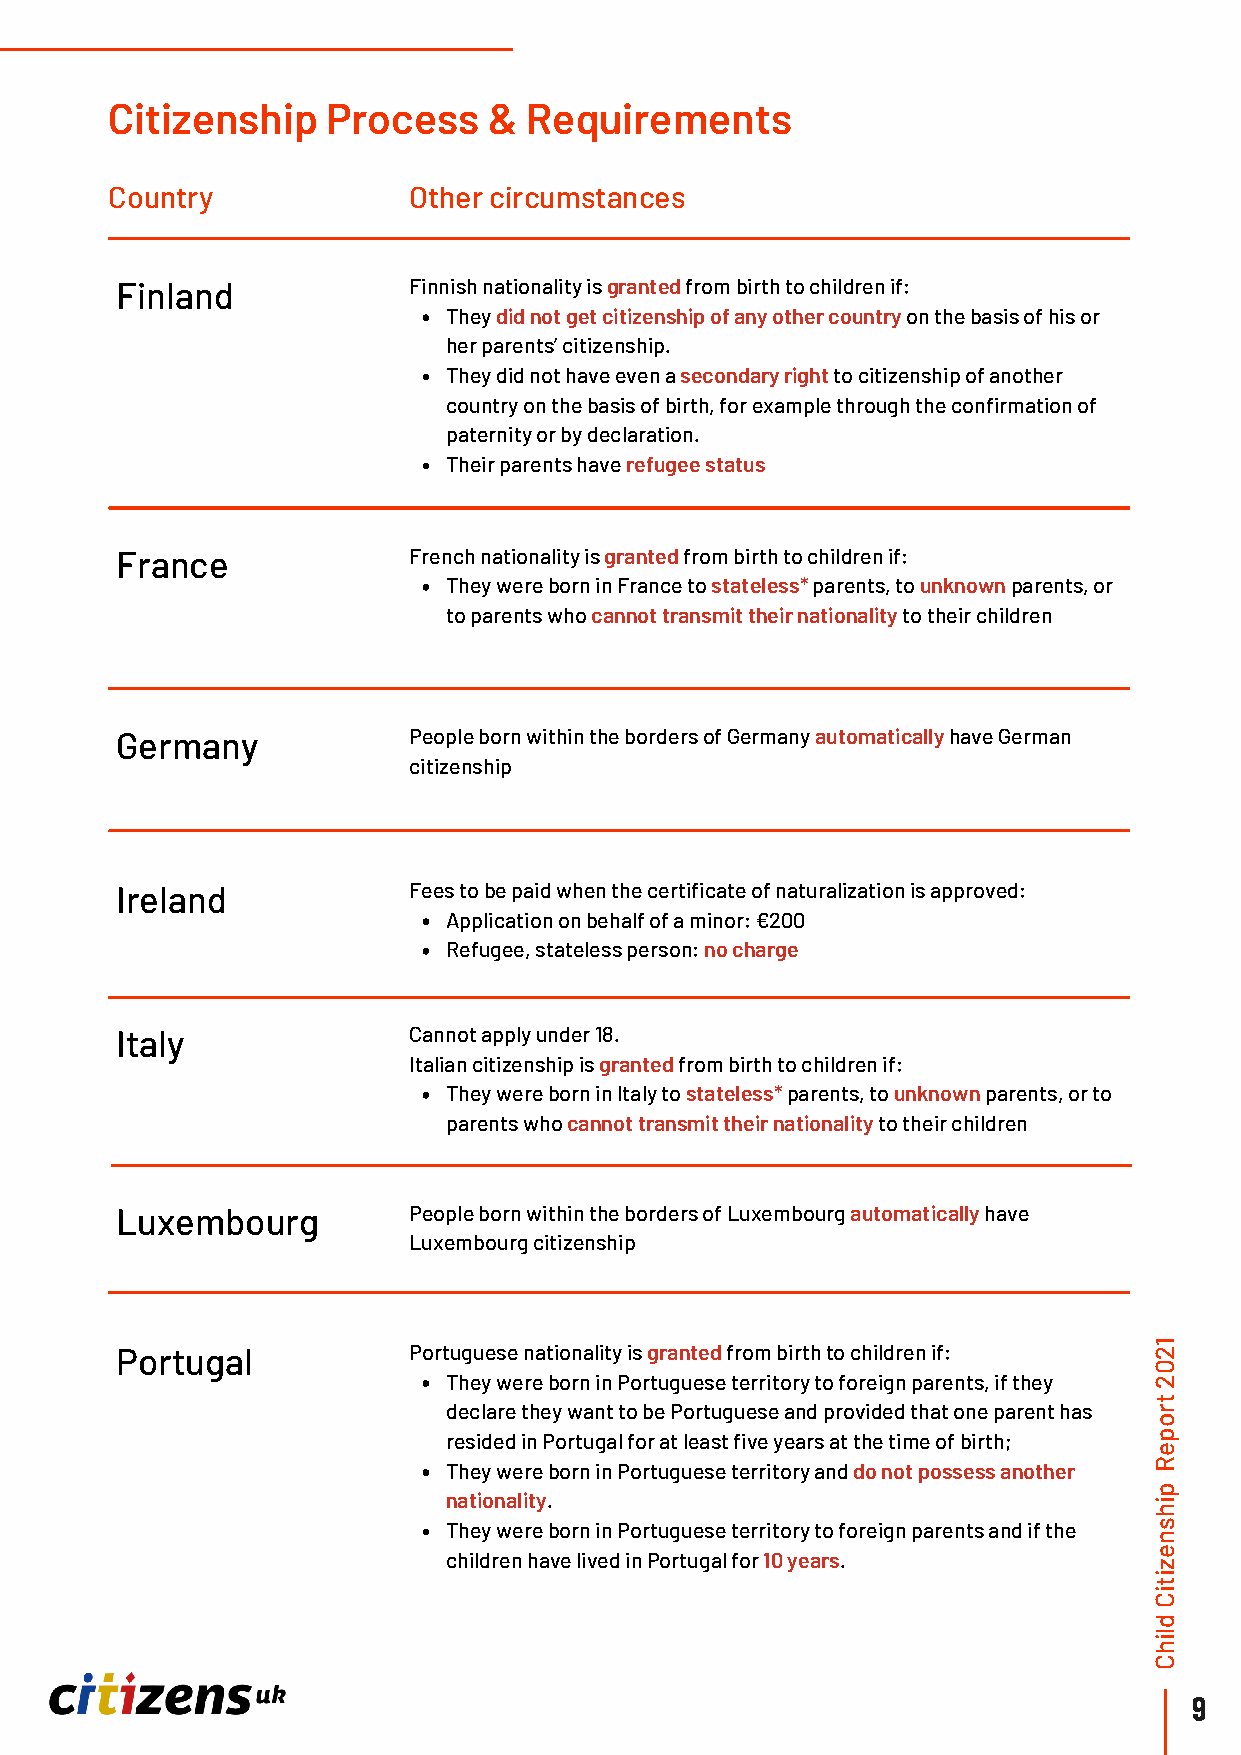
Citizenship    Process   &  Requirements
 Country             Other circumstances
 Finland            Finnish nationality is granted from birth to children if:
 They did not get citizenship of any other country on the basis of his or
 her parents’ citizenship.
 They did not have even a secondary right to citizenship of another
 country on the basis of birth, for example through the confirmation of
 paternity or by declaration.
 Their parents have refugee status
 France             French nationality is granted from birth to children if:
 They were born in France to stateless* parents, to unknown parents, or
 to parents who cannot transmit their nationality to their children
 Germany            People born within the borders of Germany automatically have German
 citizenship
 Ireland            Fees to be paid when the certificate of naturalization is approved:
 Application on behalf of a minor: €200
 Refugee, stateless person: no charge
 Italy              Cannot apply under 18.
 Italian citizenship is granted from birth to children if:
 They were born in Italy to stateless* parents, to unknown parents, or to
 parents who cannot transmit their nationality to their children
 Luxembourg         People born within the borders of Luxembourg automatically have
 Luxembourg citizenship
 Portugal           Portuguese nationality is granted from birth to children if: 21
 0
 They were born in Portuguese territory to foreign parents, if they 2
 t
 declare they want to be Portuguese and provided that one parent has r
 o
 resided in Portugal for at least five years at the time of birth; p
 e
 They were born in Portuguese territory and do not possess another R
 p
 nationality.                                  i
 h
 They were born in Portuguese territory to foreign parents and if the s
 n
 e
 children have lived in Portugal for 10 years.
 z
 i
 t
 i
 C
 d
 il
 h
 C
 9